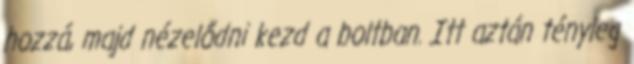
hozzá, majd nézelődni kezd a boltban. Itt aztán tényleg